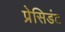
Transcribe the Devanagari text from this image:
प्रेसिडंट